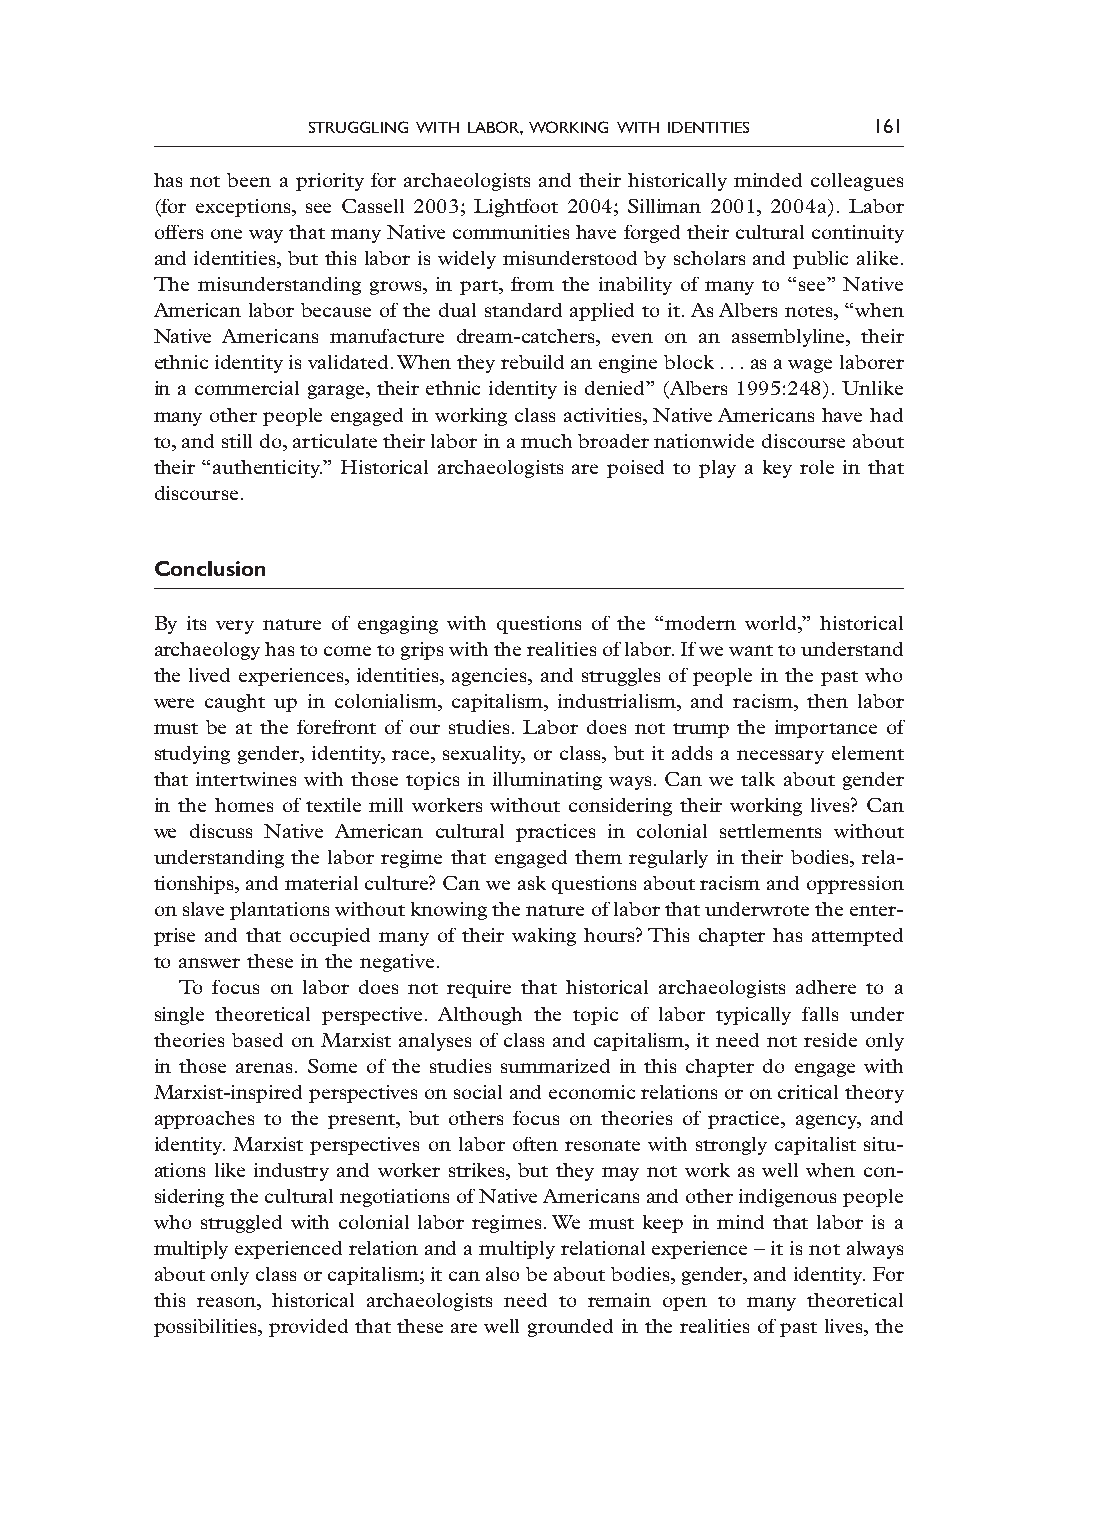
struggling with labor, working with identities 161
 has not been a priority for archaeologists and their historically minded colleagues
 (for exceptions, see Cassell 2003; Lightfoot 2004; Silliman 2001, 2004a). Labor
 offers one way that many Native communities have forged their cultural continuity
 and identities, but this labor is widely misunderstood by scholars and public alike.
 The misunderstanding grows, in part, from the inability of many to “see” Native
 American labor because of the dual standard applied to it. As Albers notes, “when
 Native Americans manufacture dream-catchers, even on an assemblyline, their
 ethnic identity is validated. When they rebuild an engine block . . . as a wage laborer
 in a commercial garage, their ethnic identity is denied” (Albers 1995:248). Unlike
 many other people engaged in working class activities, Native Americans have had
 to, and still do, articulate their labor in a much broader nationwide discourse about
 their “authenticity.” Historical archaeologists are poised to play a key role in that
 discourse.
 Conclusion
 By its very nature of engaging with questions of the “modern world,” historical
 archaeology has to come to grips with the realities of labor. If we want to understand
 the lived experiences, identities, agencies, and struggles of people in the past who
 were caught up in colonialism, capitalism, industrialism, and racism, then labor
 must be at the forefront of our studies. Labor does not trump the importance of
 studying gender, identity, race, sexuality, or class, but it adds a necessary element
 that intertwines with those topics in illuminating ways. Can we talk about gender
 in the homes of textile mill workers without considering their working lives? Can
 we discuss Native American cultural practices in colonial settlements without
 understanding the labor regime that engaged them regularly in their bodies, rela-
 tionships, and material culture? Can we ask questions about racism and oppression
 on slave plantations without knowing the nature of labor that underwrote the enter-
 prise and that occupied many of their waking hours? This chapter has attempted
 to answer these in the negative.
 To focus on labor does not require that historical archaeologists adhere to a
 single theoretical perspective. Although the topic of labor typically falls under
 theories based on Marxist analyses of class and capitalism, it need not reside only
 in those arenas. Some of the studies summarized in this chapter do engage with
 Marxist-inspired perspectives on social and economic relations or on critical theory
 approaches to the present, but others focus on theories of practice, agency, and
 identity. Marxist perspectives on labor often resonate with strongly capitalist situ-
 ations like industry and worker strikes, but they may not work as well when con-
 sidering the cultural negotiations of Native Americans and other indigenous people
 who struggled with colonial labor regimes. We must keep in mind that labor is a
 multiply experienced relation and a multiply relational experience – it is not always
 about only class or capitalism; it can also be about bodies, gender, and identity. For
 this reason, historical archaeologists need to remain open to many theoretical
 possibilities, provided that these are well grounded in the realities of past lives, the